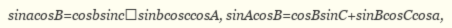
sіnacosB=cosbsіncsіnbcosccosA, sіnAcosB=cosBsіnC+sіnBcosCcosa,